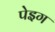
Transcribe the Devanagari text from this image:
पेइग